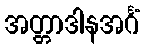
အတ္တာဒါနအင်္ဂံ